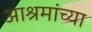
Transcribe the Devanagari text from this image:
आश्रमांच्या